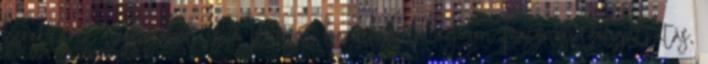
karakterek táskájából és a privát bankból. Nagyon hasznos szolgáltatás,